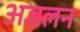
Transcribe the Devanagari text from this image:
अजलन